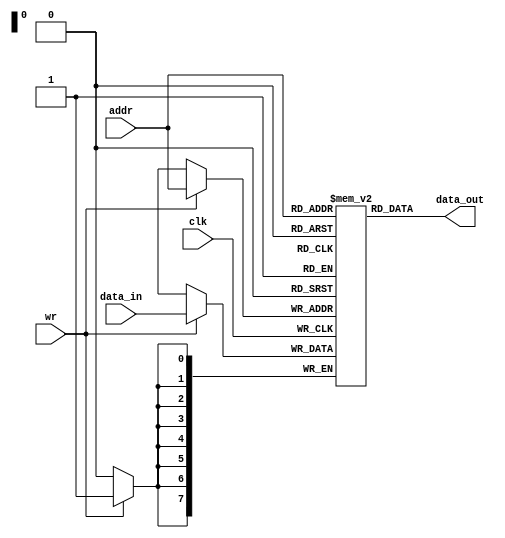
module data_mem(
    input clk,
    input [7:0] data_in,
    input wr,
    input [7:0] addr,
    output [7:0] data_out
    );
    reg [7:0] mem [0:255];
    reg [7:0] addr_reg;
    integer i;
    initial begin
        for (i=0;i<256;i=i+1)
            mem[i] = 8'h0;
        end
    always @(posedge clk)
        begin
            if (wr)
                mem[addr] <= data_in;
            else
                addr_reg <= addr;
        end
    assign data_out = mem[addr];
endmodule